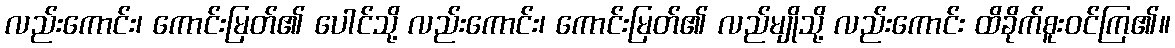
လည်းကောင်း၊ ကောင်းမြတ်၏ ပေါင်သို့ လည်းကောင်း၊ ကောင်းမြတ်၏ လည်မျိုသို့ လည်းကောင်း ထိခိုက်စူးဝင်ကြ၏။